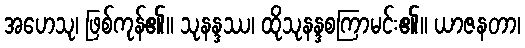
အဟေသု၊ ဖြစ်ကုန်၏။ သုနန္ဒဿ၊ ထိုသုနန္ဒစကြာမင်း၏။ ယာဇနတာ၊